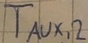
Text: TAUX,2